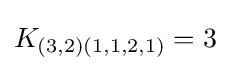
K_{(3,2)(1,1,2,1)}=3